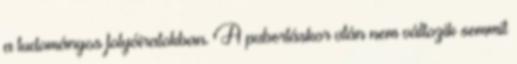
a tudományos folyóiratokban. A pubertáskor után nem változik semmit